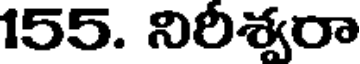
155. నిరీశ్వరా